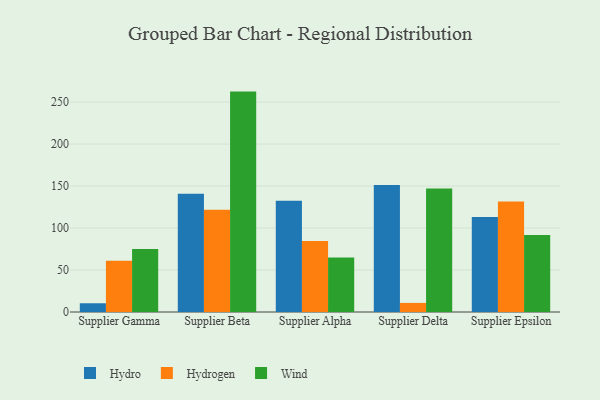
{"axis": {"x": "Supplier", "y": "LTV (USD)"}, "legend": ["Hydro", "Hydrogen", "Wind"], "data": [{"x": "Supplier Gamma", "y": 10.4, "type": "Hydro"}, {"x": "Supplier Gamma", "y": 60.9, "type": "Hydrogen"}, {"x": "Supplier Gamma", "y": 75.1, "type": "Wind"}, {"x": "Supplier Beta", "y": 140.7, "type": "Hydro"}, {"x": "Supplier Beta", "y": 121.7, "type": "Hydrogen"}, {"x": "Supplier Beta", "y": 262.5, "type": "Wind"}, {"x": "Supplier Alpha", "y": 132.4, "type": "Hydro"}, {"x": "Supplier Alpha", "y": 84.5, "type": "Hydrogen"}, {"x": "Supplier Alpha", "y": 65.0, "type": "Wind"}, {"x": "Supplier Delta", "y": 151.4, "type": "Hydro"}, {"x": "Supplier Delta", "y": 10.8, "type": "Hydrogen"}, {"x": "Supplier Delta", "y": 147.0, "type": "Wind"}, {"x": "Supplier Epsilon", "y": 113.2, "type": "Hydro"}, {"x": "Supplier Epsilon", "y": 131.6, "type": "Hydrogen"}, {"x": "Supplier Epsilon", "y": 91.6, "type": "Wind"}]}